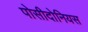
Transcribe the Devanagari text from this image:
पोसीदोनियस